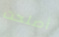
أصلحت